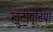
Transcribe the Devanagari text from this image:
खुटीपुटिया